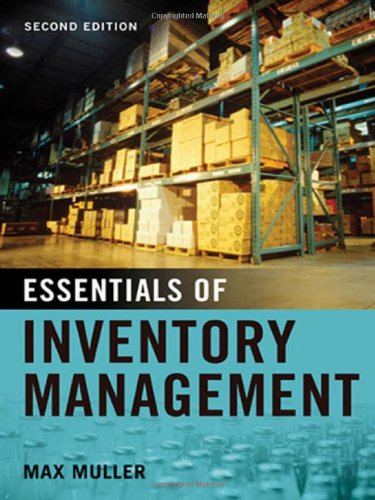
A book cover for Essentials of Inventory Management; Max Muller; Business & Money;